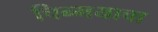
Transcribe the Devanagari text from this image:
चिन्मयाचा